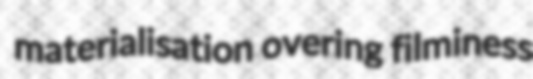
materialisation overing filminess